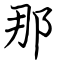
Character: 那